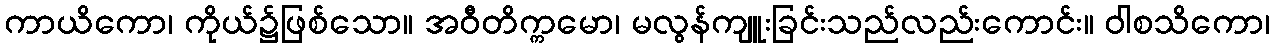
ကာယိကော၊ ကိုယ်၌ဖြစ်သော။ အဝီတိက္ကမော၊ မလွန်ကျူးခြင်းသည်လည်းကောင်း။ ဝါစသိကော၊